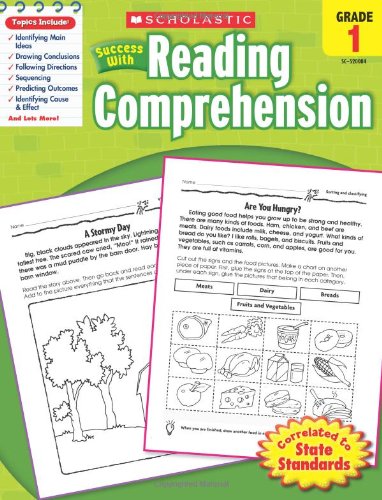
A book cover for Scholastic Success with Reading Comprehension, Grades 1; Scholastic; Education & Teaching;